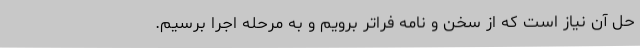
حل آن نیاز است که از سخن و نامه فراتر برویم و به مرحله اجرا برسیم.